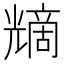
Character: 𠒿